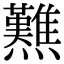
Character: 㸐